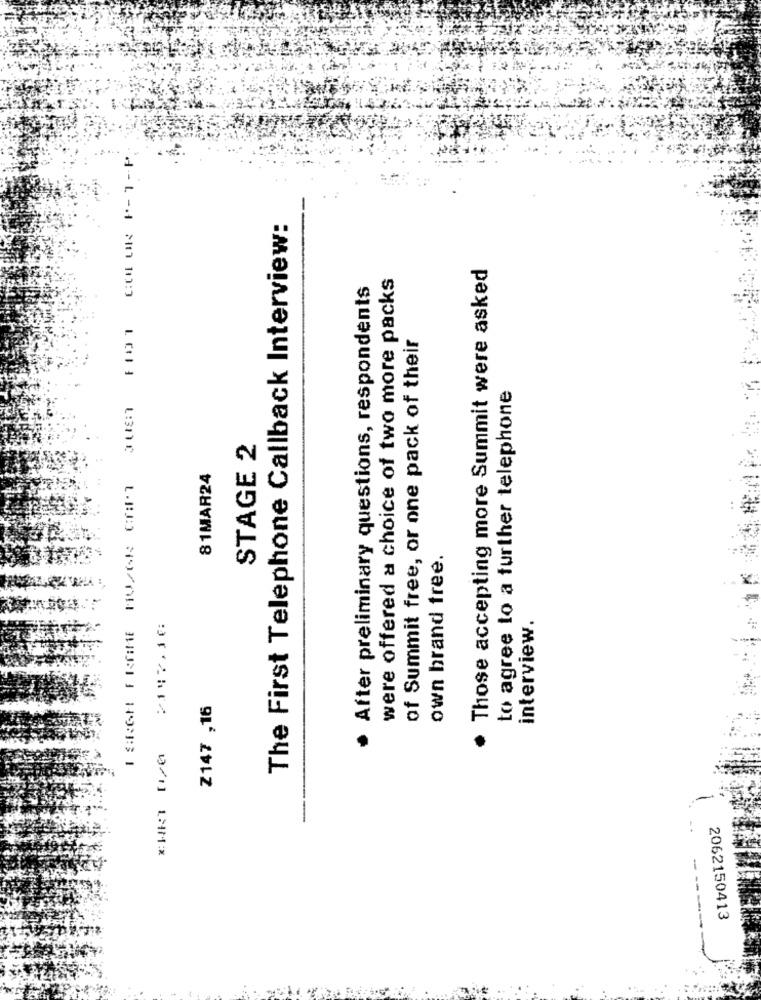
The First Telephone Callback Interview:
. Those accepting more Summit were asked
were offered a choice of two more packs
After preliminary questions, respondents
of Summit free, or one pack of their
to agree to a further telephone
STAGE 2
81MAR24
own brand tree.
2197,18:
interview.
Z147 ,16
.
-----
2062150413